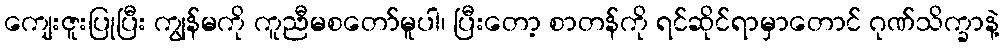
ကျေးဇူးပြုပြီး ကျွန်မကို ကူညီမစတော်မူပါ၊ ပြီးတော့ စာတန်ကို ရင်ဆိုင်ရာမှာတောင် ဂုဏ်သိက္ခာနဲ့